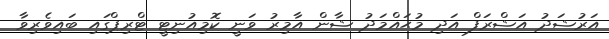
އަރުޝަދު އަޝްރަފް އަދި މުޙައްމަދު ޝާން އާމިރު ވަނީ ކޮމިއުނިޓީ ޓްރިޕްގައި ބައިވެރިވާ